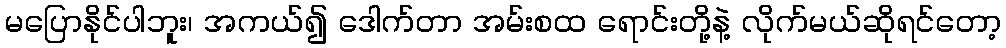
မပြောနိုင်ပါဘူး၊ အကယ်၍ ဒေါက်တာ အမ်းစထ ရောင်းတို့နဲ့ လိုက်မယ်ဆိုရင်တော့